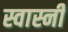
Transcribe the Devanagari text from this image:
स्वास्नी